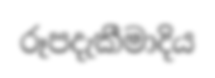
රූපදැකීමාදිය